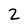
Character: 2